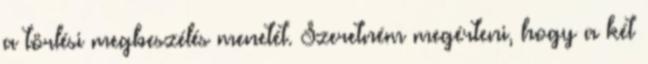
a törlési megbeszélés menetét. Szeretném megérteni, hogy a két